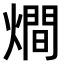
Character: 𤏐